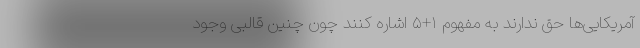
آمریکایی‌ها حق ندارند به مفهوم ۱+۵ اشاره کنند چون چنین قالبی وجود